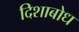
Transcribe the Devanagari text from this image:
दिशाबोध